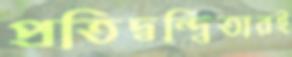
প্রতিদ্বন্দ্বিতারই